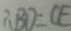
\therefore B D = C E